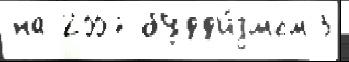
на 2007 будд'и́змом 3